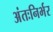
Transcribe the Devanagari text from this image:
अंतःनिर्भर